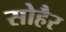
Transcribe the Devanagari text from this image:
सोहैर